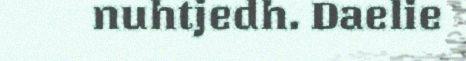
nuhtjedh. Daelie